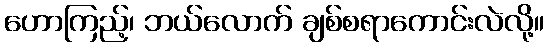
ဟောကြည့်၊ ဘယ်လောက် ချစ်စရာကောင်းလဲလို့။